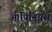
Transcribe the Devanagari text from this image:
ओपिनियंस